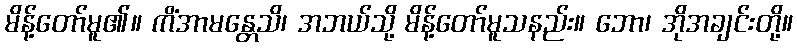
မိန့်တော်မူ၏။ ကိံအာမန္တေသိ၊ အဘယ်သို့ မိန့်တော်မူသနည်း။ ဘော၊ အိုအချင်းတို့။